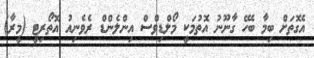
އެގޮތަށް ބިމާ ބެހޭ ގާނޫނު އޮތުމަކީ މޯލްޑިވްސް އިންލެންޑް ރެވެނިއު އޮތޯރިޓީ (މީރާ)